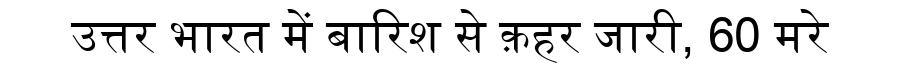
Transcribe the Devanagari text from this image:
उत्तर भारत में बारिश से क़हर जारी, 60 मरे